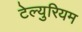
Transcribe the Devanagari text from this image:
टेल्युरियम